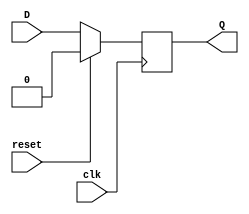
module dff(D, clk, Q, reset);
input D, clk, reset;
output Q;
reg Q;
always @(posedge clk)
	if (reset) begin
		Q = 0;
	end
	else begin
		Q = D;
	end
endmodule

module johnson_counter(reset, clk, Q);
input reset, clk;
output [3:0] Q;
dff i1(~Q[0], clk, Q[3], reset);
dff i2(Q[3], clk, Q[2], reset);
dff i3(Q[2], clk, Q[1], reset);
dff i4(Q[1], clk, Q[0], reset);
endmodule

module johnson_counter_tb;
reg reset, clk;
wire [3:0] Q;
johnson_counter i(reset, clk, Q);
always #5 clk = ~clk;
initial 
begin
	clk=1'b0; reset=1'b1;
	$monitor("Time:%f, clk=%b, Q=%4b", $time, clk, Q);
	#10 reset = 1'b0;
	#100 $finish;
end
endmodule